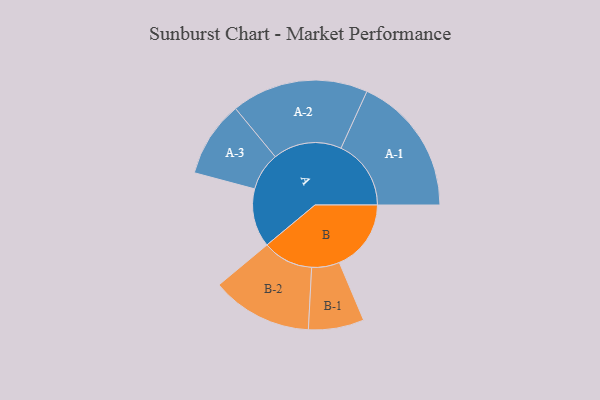
{"axis": {"x": "Segment", "y": "Value"}, "legend": ["", "A", "B"], "data": [{"x": "A", "y": 234, "type": ""}, {"x": "B", "y": 287, "type": ""}, {"x": "A-1", "y": 280, "type": "A"}, {"x": "A-2", "y": 274, "type": "A"}, {"x": "A-3", "y": 152, "type": "A"}, {"x": "B-1", "y": 111, "type": "B"}, {"x": "B-2", "y": 202, "type": "B"}]}